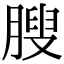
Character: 膄